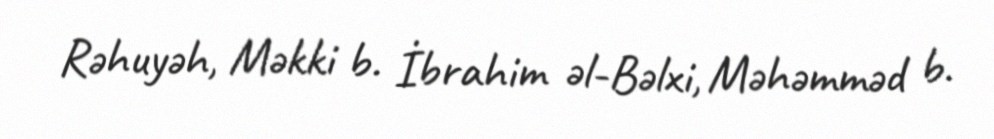
Rəhuyəh, Məkki b. İbrahim əl-Bəlxi, Məhəmməd b.